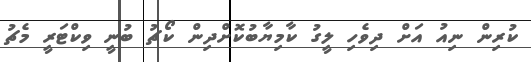
ކުރިން ނިއު އަށް ދިވެހި ލީގު ކާމިޔާބުކޮށްދިން ކޯޗު ބުނީ ވިކްޓަރީ މެޗު